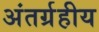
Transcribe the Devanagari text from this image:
अंतर्ग्रहीय